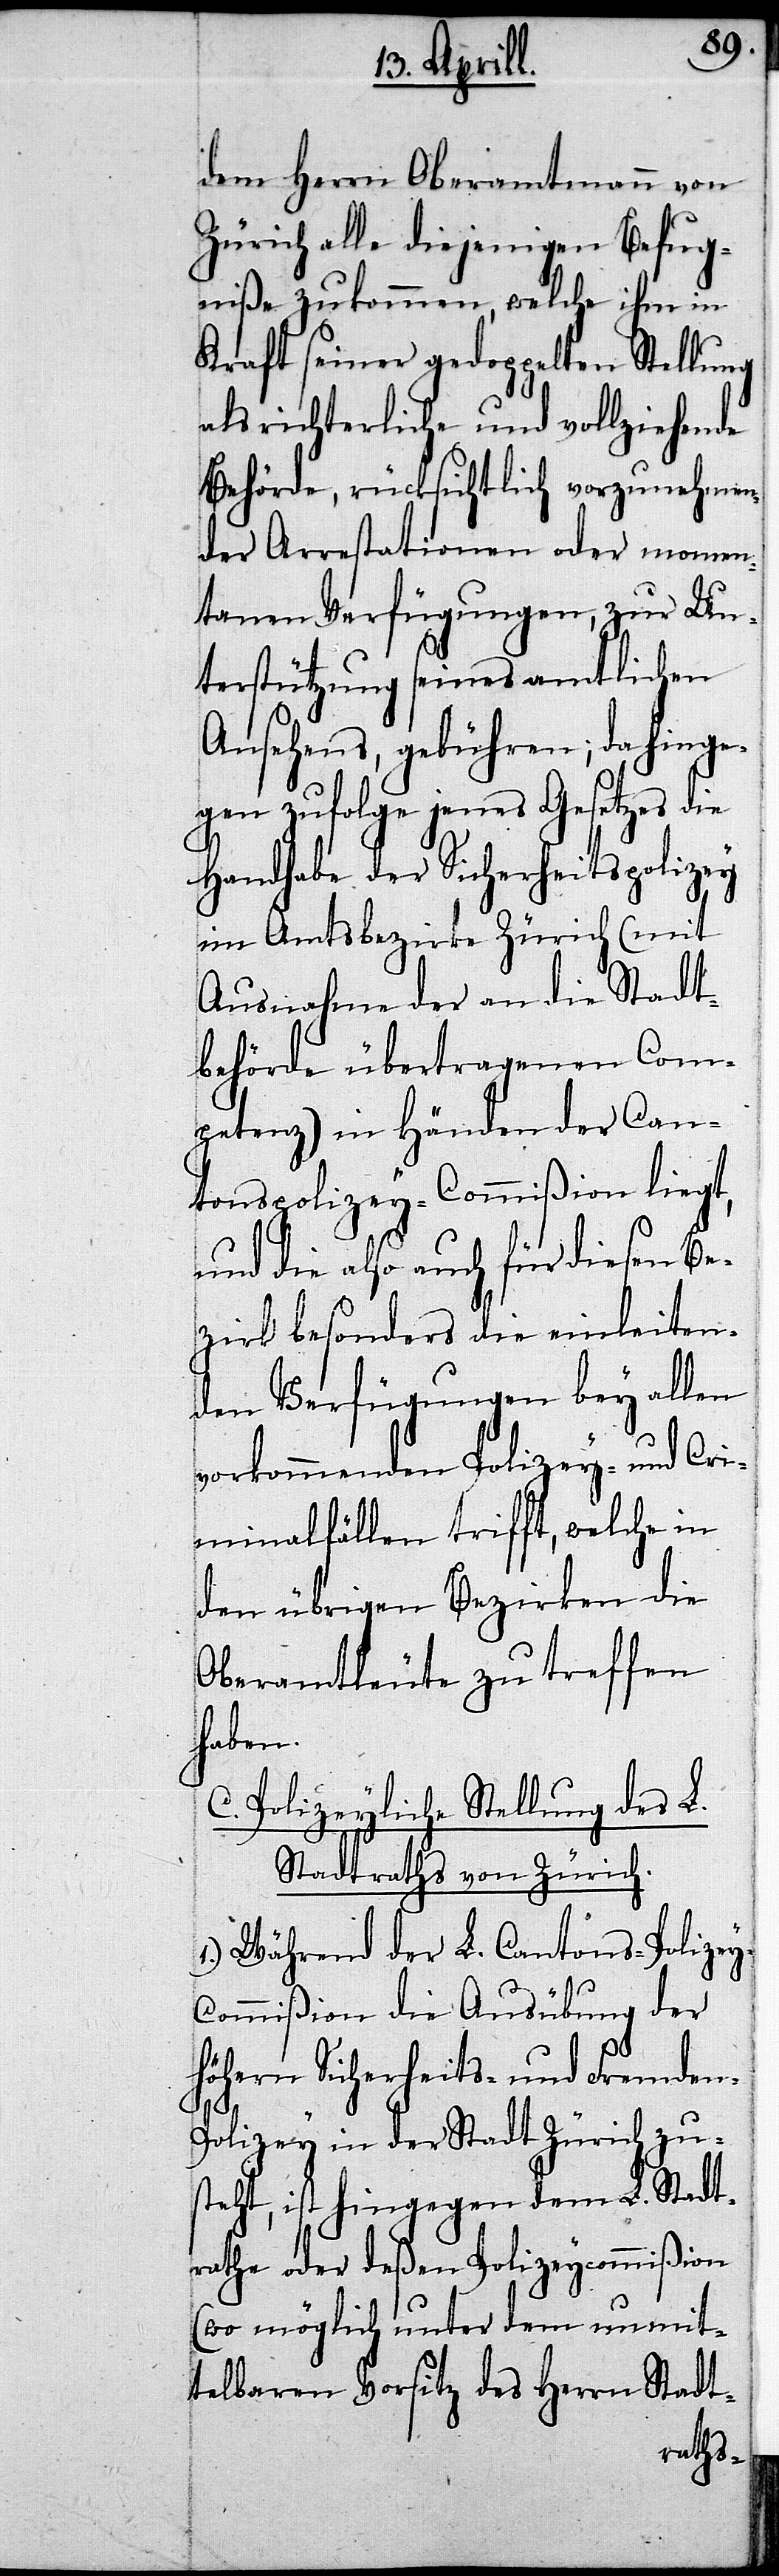
dem Herrn Oberamtmann von
Zürich alle diejenigen Befug¬
niße zukommen, welche ihm in
Kraft seiner gedoppelten
un¬
als richterliche und vollziehende
Behörde, rücksichtlich vorzunehmen¬
der Arrestationen oder momen¬
tanen Verfügungen, zur U¬
nterstützung seines amtlichen
Ansehens, gebühren; da hinge¬
gen zufolge jenes Gesetzes die
Handhabe der Sicherheitspolizey
im Amtsbezirke Zürich (mit
Ausnahme der an die Stadt¬
behörde übertragenen Com¬
petenzen) in Händen der Can¬
tonspolizey-Commißion lieg¬
und die also auch für diesen Be¬
zirk besonders die einleiten¬
den Verfügungen bey all¬
vorkommenden Polizey- und Cri¬
minalfällen trifft, welche in
den übrigen Bezirken die
Oberamtleute zu treffen
haben.
C. Polizeyliche Stellung des
Stadtrathes von Zürich.
1.) Während der L. Cantons-Polize¬
ommißion die Ausübung der
höhern Sicherheits- und
olizey in der Stadt Z¬
des
eht, ist hingegen
rathe oder deßen Polizeycommißi¬
on
mit¬
(wo möglich unter
L.
telbaren
Stadt-